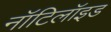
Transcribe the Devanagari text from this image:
नॉटिलॉइड